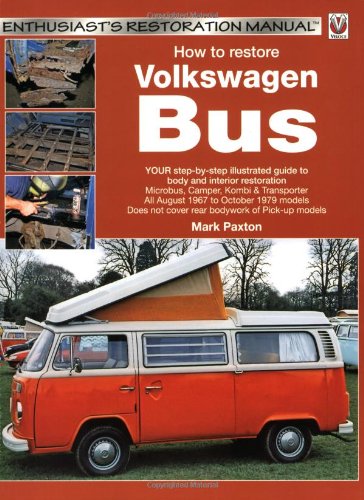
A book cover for How to restore Volkswagen (bay window) Bus: Enthusiast's Restoration Manual; Mark Paxton; Engineering & Transportation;